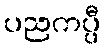
ပညကပ္ပီ